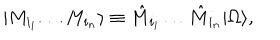
LaTeX: | M _ { i _ { i } } \dots M _ { i _ { n } } \rangle \equiv \hat { M } _ { i _ { i } } \dots \hat { M } _ { i _ { n } } | \Omega \rangle ,